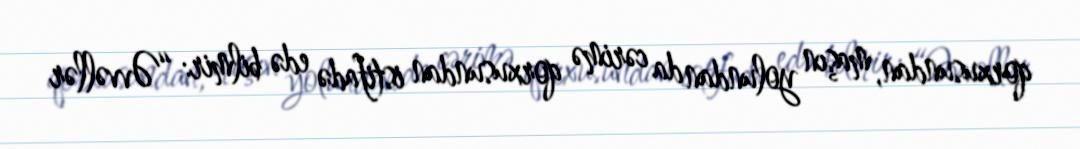
qorxusundan, maşın yolundan da cərimə qorxusundan istifadə edə bilmir: “Əvvəllər